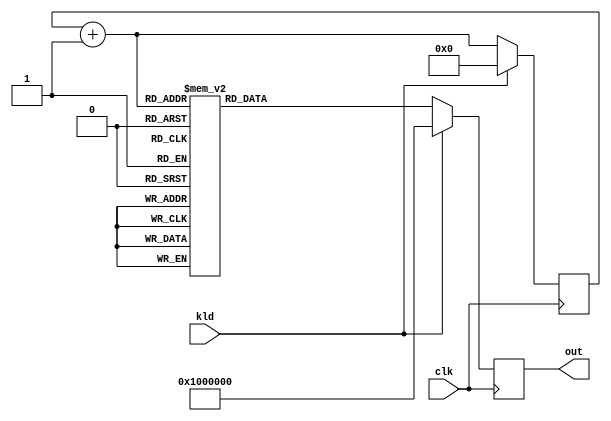
/////////////////////////////////////////////////////////////////////
////                                                             ////
////  AES RCON Block                                             ////
////                                                             ////
////                                                             ////
////          rudi@asics.ws                                      ////
////                                                             ////
////                                                             ////
////  Downloaded from: http://www.opencores.org/cores/aes_core/  ////
////                                                             ////
/////////////////////////////////////////////////////////////////////
////                                                             ////
//// Copyright (C) 2000-2002 Rudolf Usselmann                    ////
////                         www.asics.ws                        ////
////                         rudi@asics.ws                       ////
////                                                             ////
//// This source file may be used and distributed without        ////
//// restriction provided that this copyright statement is not   ////
//// removed from the file and that any derivative work contains ////
//// the original copyright notice and the associated disclaimer.////
////                                                             ////
////     THIS SOFTWARE IS PROVIDED ``AS IS'' AND WITHOUT ANY     ////
//// EXPRESS OR IMPLIED WARRANTIES, INCLUDING, BUT NOT LIMITED   ////
//// TO, THE IMPLIED WARRANTIES OF MERCHANTABILITY AND FITNESS   ////
//// FOR A PARTICULAR PURPOSE. IN NO EVENT SHALL THE AUTHOR      ////
//// OR CONTRIBUTORS BE LIABLE FOR ANY DIRECT, INDIRECT,         ////
//// INCIDENTAL, SPECIAL, EXEMPLARY, OR CONSEQUENTIAL DAMAGES    ////
//// (INCLUDING, BUT NOT LIMITED TO, PROCUREMENT OF SUBSTITUTE   ////
//// GOODS OR SERVICES; LOSS OF USE, DATA, OR PROFITS; OR        ////
//// BUSINESS INTERRUPTION) HOWEVER CAUSED AND ON ANY THEORY OF  ////
//// LIABILITY, WHETHER IN  CONTRACT, STRICT LIABILITY, OR TORT  ////
//// (INCLUDING NEGLIGENCE OR OTHERWISE) ARISING IN ANY WAY OUT  ////
//// OF THE USE OF THIS SOFTWARE, EVEN IF ADVISED OF THE         ////
//// POSSIBILITY OF SUCH DAMAGE.                                 ////
////                                                             ////
/////////////////////////////////////////////////////////////////////

//  CVS Log
//
//  $Id: aes_rcon.v,v 1.1.1.1 2002/11/09 11:22:38 rudi Exp $
//
//  $Date: 2002/11/09 11:22:38 $
//  $Revision: 1.1.1.1 $
//  $Author: rudi $
//  $Locker:  $
//  $State: Exp $
//
// Change History:
//               $Log: aes_rcon.v,v $
//               Revision 1.1.1.1  2002/11/09 11:22:38  rudi
//               Initial Checkin
//
//
//
//
//
//

//`include "timescale.v"

module aes_rcon(clk, kld, out);
input		clk;
input		kld;
output	[31:0]	out;
reg	[31:0]	out;
reg	[3:0]	rcnt;
wire	[3:0]	rcnt_next;

always @(posedge clk)
	if(kld)		out <= #1 32'h01_00_00_00;
	else		out <= #1 frcon(rcnt_next);

assign rcnt_next = rcnt + 4'h1;
always @(posedge clk)
	if(kld)		rcnt <= #1 4'h0;
	else		rcnt <= #1 rcnt_next;

function [31:0]	frcon;
input	[3:0]	i;
case(i)	// synopsys parallel_case
   4'h0: frcon=32'h01_00_00_00;
   4'h1: frcon=32'h02_00_00_00;
   4'h2: frcon=32'h04_00_00_00;
   4'h3: frcon=32'h08_00_00_00;
   4'h4: frcon=32'h10_00_00_00;
   4'h5: frcon=32'h20_00_00_00;
   4'h6: frcon=32'h40_00_00_00;
   4'h7: frcon=32'h80_00_00_00;
   4'h8: frcon=32'h1b_00_00_00;
   4'h9: frcon=32'h36_00_00_00;
   default: frcon=32'h00_00_00_00;
endcase
endfunction

endmodule